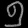
Digit: ၅